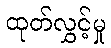
ထုတ်လွှင့်မှု